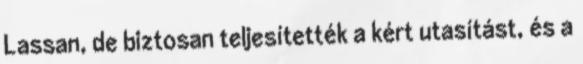
Lassan, de biztosan teljesítették a kért utasítást, és a